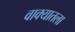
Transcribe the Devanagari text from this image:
वाक्यातला